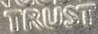
TRUST